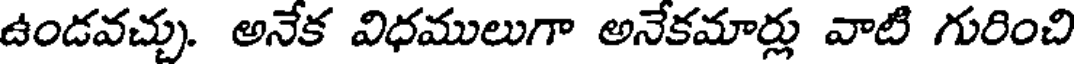
ఉండవచ్చు. అనేక విధములుగా అనేకమార్లు వాటి గురించి